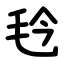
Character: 㲐